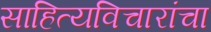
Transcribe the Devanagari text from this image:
साहित्यविचारांचा